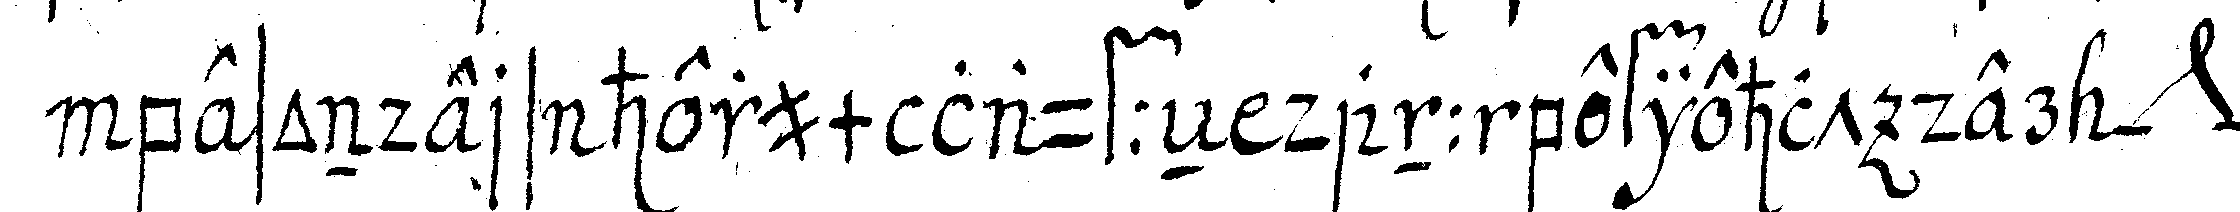
besonders herum lauffeN dann befiehlt der *nee*